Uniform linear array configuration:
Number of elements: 12
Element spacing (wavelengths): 1
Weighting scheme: exponential
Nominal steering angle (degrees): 60
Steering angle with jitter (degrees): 60.855
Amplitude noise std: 0.05
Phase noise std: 0.05

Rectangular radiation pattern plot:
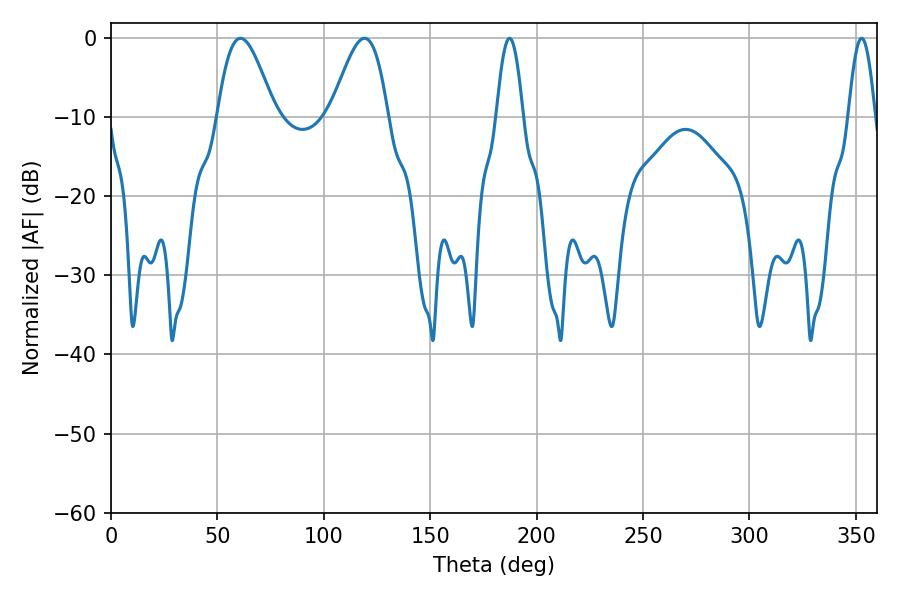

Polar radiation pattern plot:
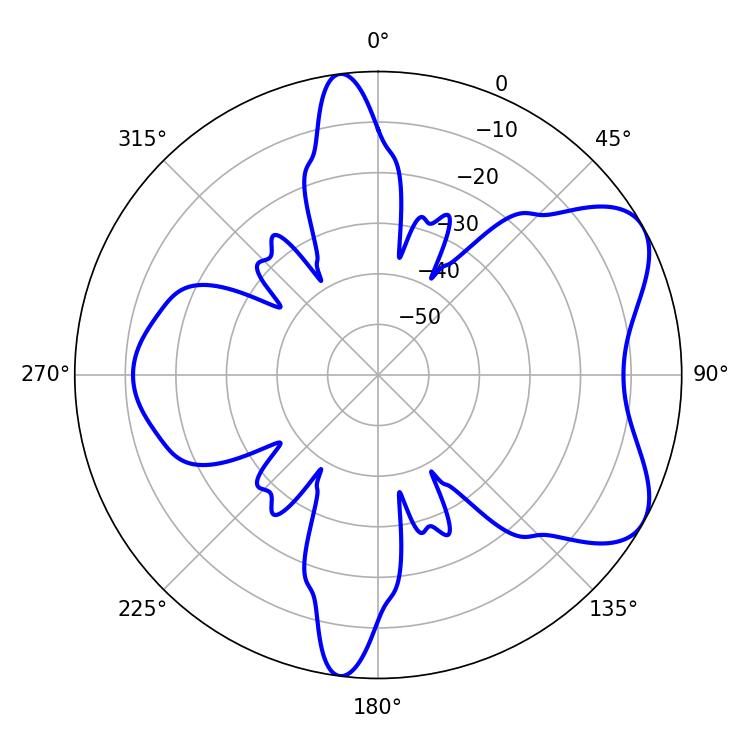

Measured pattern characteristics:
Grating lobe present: TRUE
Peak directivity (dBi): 6.465
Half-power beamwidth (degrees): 14.4
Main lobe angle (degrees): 60.84